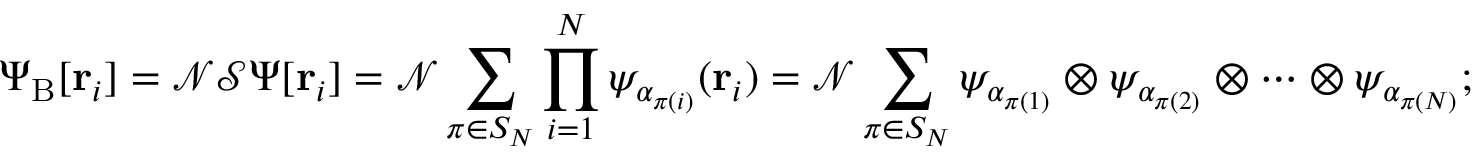
\Psi _ { \mathrm { { B } } } [ \mathbf { r } _ { i } ] = { \mathcal { N } } { \mathcal { S } } \Psi [ \mathbf { r } _ { i } ] = { \mathcal { N } } \sum _ { \pi \in S _ { N } } \prod _ { i = 1 } ^ { N } \psi _ { \alpha _ { \pi ( i ) } } ( \mathbf { r } _ { i } ) = { \mathcal { N } } \sum _ { \pi \in S _ { N } } \psi _ { \alpha _ { \pi ( 1 ) } } \otimes \psi _ { \alpha _ { \pi ( 2 ) } } \otimes \cdots \otimes \psi _ { \alpha _ { \pi ( N ) } } ;